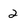
Character: 2